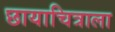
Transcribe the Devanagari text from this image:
छायाचित्राला